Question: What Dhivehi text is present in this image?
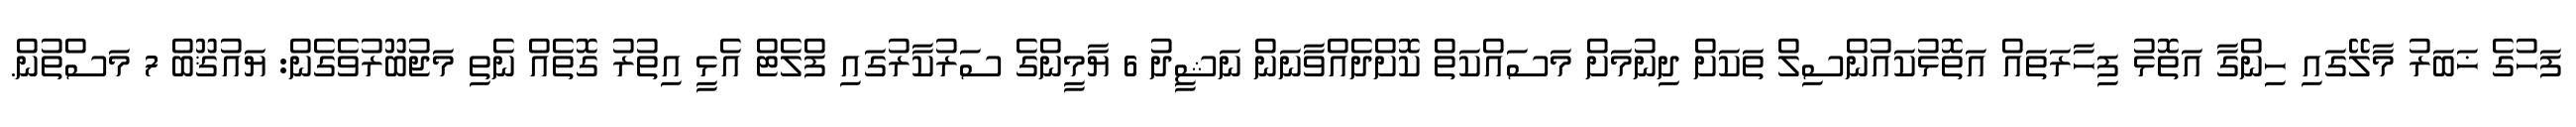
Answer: ފަހުގެ ޚަބަރު މާލޭގައި ހިންގާ އަތޮޅު ފިހާރަތައް އަތޮޅުކައުންސިލް ތަކަށް ދިނުމަށް މަސައްކަތް ކޮށްދެއްވާނަން ނަޝީދު 6 ޔާމީންގެ ސަރުކާރުގައި ފްލެޓް އެޅީ އިތުރު ގޮތެއް ނެތި މަޖުބޫރުވެގެން: ޔައުޤޫބް 7 މަސްތުން.